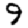
Digit: 9